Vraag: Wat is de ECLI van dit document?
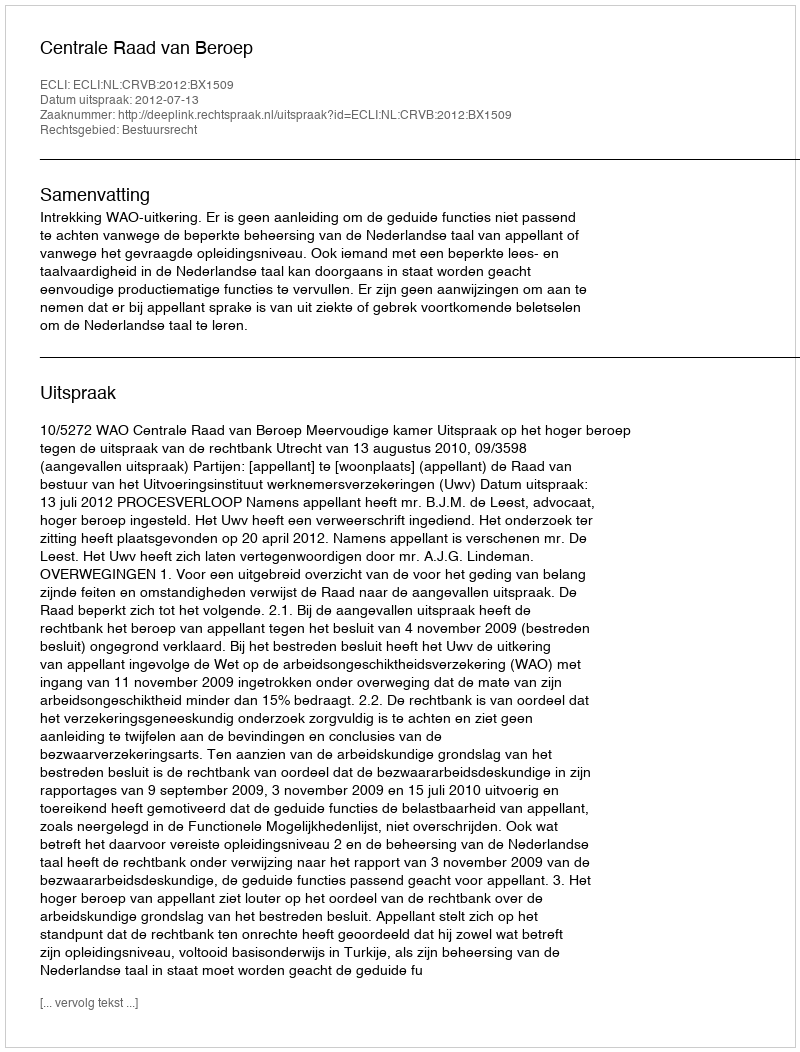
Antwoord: ECLI:NL:CRVB:2012:BX1509